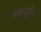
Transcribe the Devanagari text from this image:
बहादुरी।